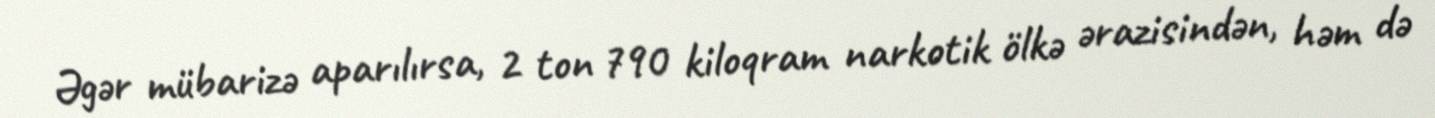
Əgər mübarizə aparılırsa, 2 ton 790 kiloqram narkotik ölkə ərazisindən, həm də